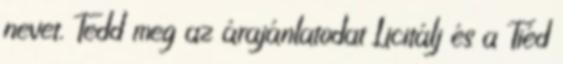
nevet. Tedd meg az árajánlatodat Licitálj és a Tiéd